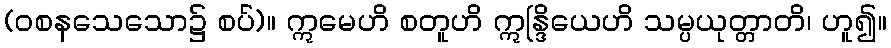
(ဝစနသေသော၌ စပ်)။ ဣမေဟိ စတူဟိ ဣန္ဒြိယေဟိ သမ္ပယုတ္တာတိ၊ ဟူ၍။